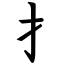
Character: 扌